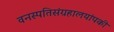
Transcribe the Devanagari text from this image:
वनस्पतिसंग्रहालयांपकी